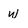
Character: W